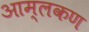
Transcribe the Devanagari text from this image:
आम्लकण